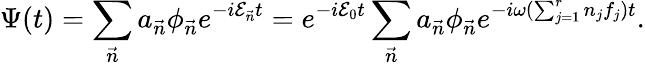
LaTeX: \Psi(t)=\sum_{\vec{n}}a_{\vec{n}}\phi_{\vec{n}}e^{-i{\cal E}_{\vec{n}}t}=e^{-i{\cal E}_{0}t}\sum_{\vec{n}}a_{\vec{n}}\phi_{\vec{n}}e^{-i\omega(\sum_{j=1}^{r}n_{j}f_{j})t}.